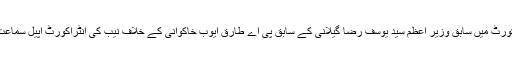
2014ء)اسلام آباد ہائی کورٹ میں سابق وزیر اعظم سید یوسف رضا گیلانی کے سابق پی اے طارق ایوب خاکوانی کے خلاف نیب کی انٹراکورٹ اپیل سماعت کے لئے منظورہوگئی ۔